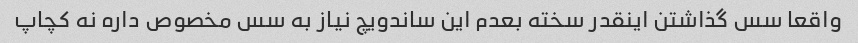
واقعا سس گذاشتن اینقدر سخته بعدم این ساندویچ نیاز به سس مخصوص داره نه کچاپ